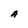
Character: A